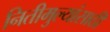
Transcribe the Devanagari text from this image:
नितीमुल्यांसाठी